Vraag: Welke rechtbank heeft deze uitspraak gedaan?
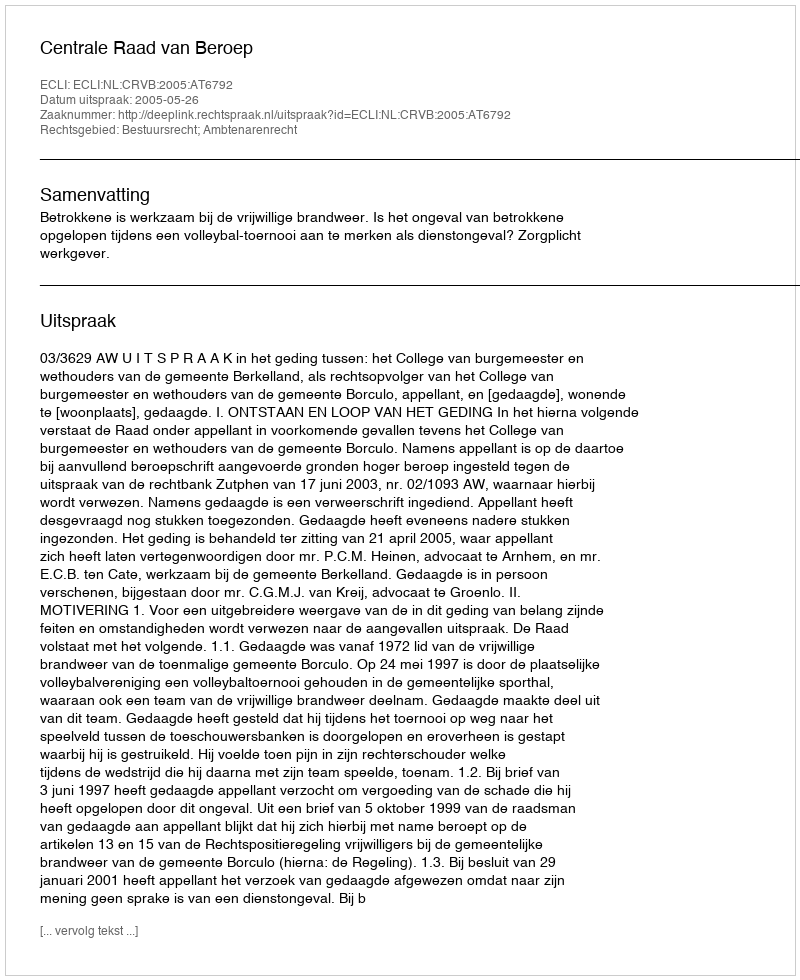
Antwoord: Centrale Raad van Beroep